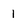
Character: 1